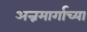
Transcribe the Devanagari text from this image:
अन्नमार्गाच्या